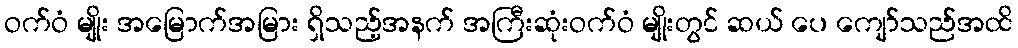
ဝက်ဝံ မျိုး အမြောက်အမြား ရှိသည့်အနက် အကြီးဆုံးဝက်ဝံ မျိုးတွင် ဆယ် ပေ ကျော်သည်အထိ